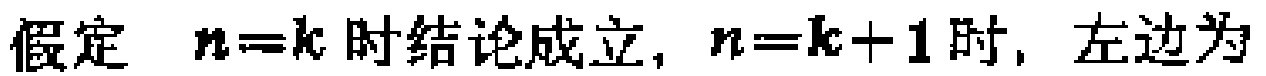
假定 \(n = k\) 时结论成立，\(n = k + 1\) 时，左边为